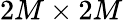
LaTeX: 2M\times 2M